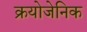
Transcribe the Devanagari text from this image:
क्रयोजेनिक